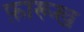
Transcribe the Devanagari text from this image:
फ़ारूख